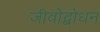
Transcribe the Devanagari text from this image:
जीवोद्बोधन